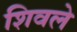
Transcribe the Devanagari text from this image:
शिवले